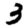
Digit: 3